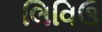
લિવિઉ